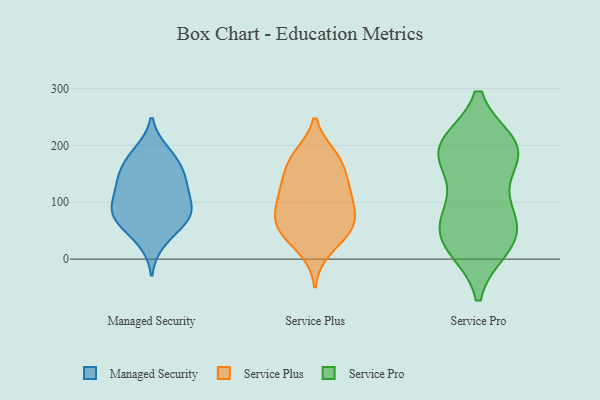
{"axis": {"x": "Market Share (%)", "y": "Value"}, "legend": ["Managed Security", "Service Plus", "Service Pro"], "data": [{"x": "", "y": 73, "type": "Managed Security"}, {"x": "", "y": 188, "type": "Managed Security"}, {"x": "", "y": 141, "type": "Managed Security"}, {"x": "", "y": 78, "type": "Managed Security"}, {"x": "", "y": 82, "type": "Managed Security"}, {"x": "", "y": 162, "type": "Managed Security"}, {"x": "", "y": 147, "type": "Managed Security"}, {"x": "", "y": 31, "type": "Managed Security"}, {"x": "", "y": 112, "type": "Managed Security"}, {"x": "", "y": 181, "type": "Managed Security"}, {"x": "", "y": 77, "type": "Managed Security"}, {"x": "", "y": 104, "type": "Managed Security"}, {"x": "", "y": 59, "type": "Managed Security"}, {"x": "", "y": 129, "type": "Managed Security"}, {"x": "", "y": 145, "type": "Service Plus"}, {"x": "", "y": 109, "type": "Service Plus"}, {"x": "", "y": 98, "type": "Service Plus"}, {"x": "", "y": 138, "type": "Service Plus"}, {"x": "", "y": 56, "type": "Service Plus"}, {"x": "", "y": 182, "type": "Service Plus"}, {"x": "", "y": 119, "type": "Service Plus"}, {"x": "", "y": 179, "type": "Service Plus"}, {"x": "", "y": 94, "type": "Service Plus"}, {"x": "", "y": 44, "type": "Service Plus"}, {"x": "", "y": 63, "type": "Service Plus"}, {"x": "", "y": 56, "type": "Service Plus"}, {"x": "", "y": 16, "type": "Service Plus"}, {"x": "", "y": 61, "type": "Service Plus"}, {"x": "", "y": 175, "type": "Service Plus"}, {"x": "", "y": 196, "type": "Service Pro"}, {"x": "", "y": 200, "type": "Service Pro"}, {"x": "", "y": 185, "type": "Service Pro"}, {"x": "", "y": 191, "type": "Service Pro"}, {"x": "", "y": 30, "type": "Service Pro"}, {"x": "", "y": 98, "type": "Service Pro"}, {"x": "", "y": 41, "type": "Service Pro"}, {"x": "", "y": 69, "type": "Service Pro"}, {"x": "", "y": 32, "type": "Service Pro"}, {"x": "", "y": 22, "type": "Service Pro"}, {"x": "", "y": 84, "type": "Service Pro"}, {"x": "", "y": 181, "type": "Service Pro"}, {"x": "", "y": 195, "type": "Service Pro"}]}